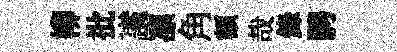
柳批䜟凛角額哉錄騁